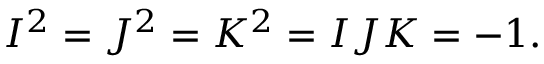
I ^ { 2 } = J ^ { 2 } = K ^ { 2 } = I J K = - 1 .